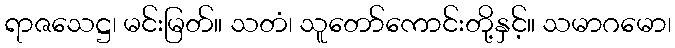
ရာဇသေဋ္ဌ၊ မင်းမြတ်။ သတံ၊ သူတော်ကောင်းတို့နှင့်။ သမာဂမော၊